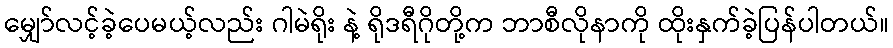
မျှော်လင့်ခဲ့ပေမယ့်လည်း ဂါမဲရိုး နဲ့ ရိုဒရီဂိုတို့က ဘာစီလိုနာကို ထိုးနှက်ခဲ့ပြန်ပါတယ်။